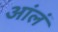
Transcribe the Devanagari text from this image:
आंलं